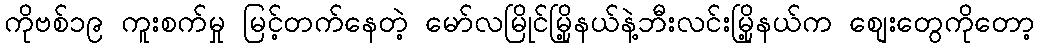
ကိုဗစ်၁၉ ကူးစက်မှု မြင့်တက်နေတဲ့ မော်လမြိုင်မြို့နယ်နဲ့ဘီးလင်းမြို့နယ်က စျေးတွေကိုတော့